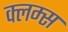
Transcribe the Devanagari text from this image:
क्लम्स